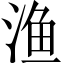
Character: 渔